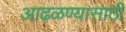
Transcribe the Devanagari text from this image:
आढळण्यासाठी